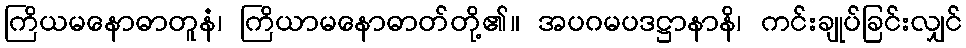
ကြိယမနောဓာတူနံ၊ ကြိယာမနောဓာတ်တို့၏။ အပဂမပဒဋ္ဌာနာနိ၊ ကင်းချုပ်ခြင်းလျှင်